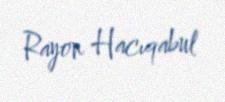
Rayon Hacıqabul